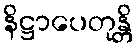
နိဋ္ဌာပေတုန္တိ